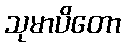
သုမာပိတော